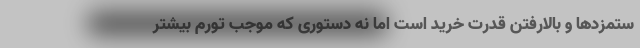
ستمزدها و بالارفتن قدرت خرید است اما نه دستوری که موجب تورم بیشتر